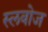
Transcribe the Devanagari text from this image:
स्लवोज